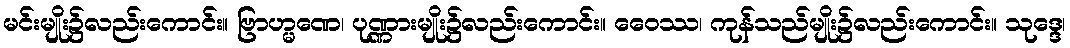
မင်းမျိုး၌လည်းကောင်း။ ဗြာဟ္မဏေ၊ ပုဏ္ဏားမျိုး၌လည်းကောင်း။ ဝေေဿ၊ ကုန်သည်မျိုး၌လည်းကောင်း။ သုဒ္ဒေ၊